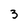
Character: 3